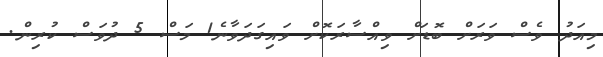
މިއަދު ވެސް ވަރަށް ބޮޑަށް ވިއްސާރަކޮށް ވައިގަަދަވާނެ1 މަސް 5 ދުވަސް ކުރިން.